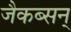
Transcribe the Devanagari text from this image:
जैकब्सन्